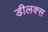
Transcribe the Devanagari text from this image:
डीलक्‍स